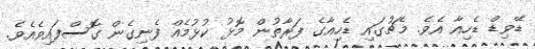
ޑޭވިޑް ޑެހިއާ އެވެ. މެޗުގައި ޑެހިއާގެ ފަރާތުން މޮޅު ކުޅުމެއް ފެނިގެން ގޮސްފައިވެއެވެ.